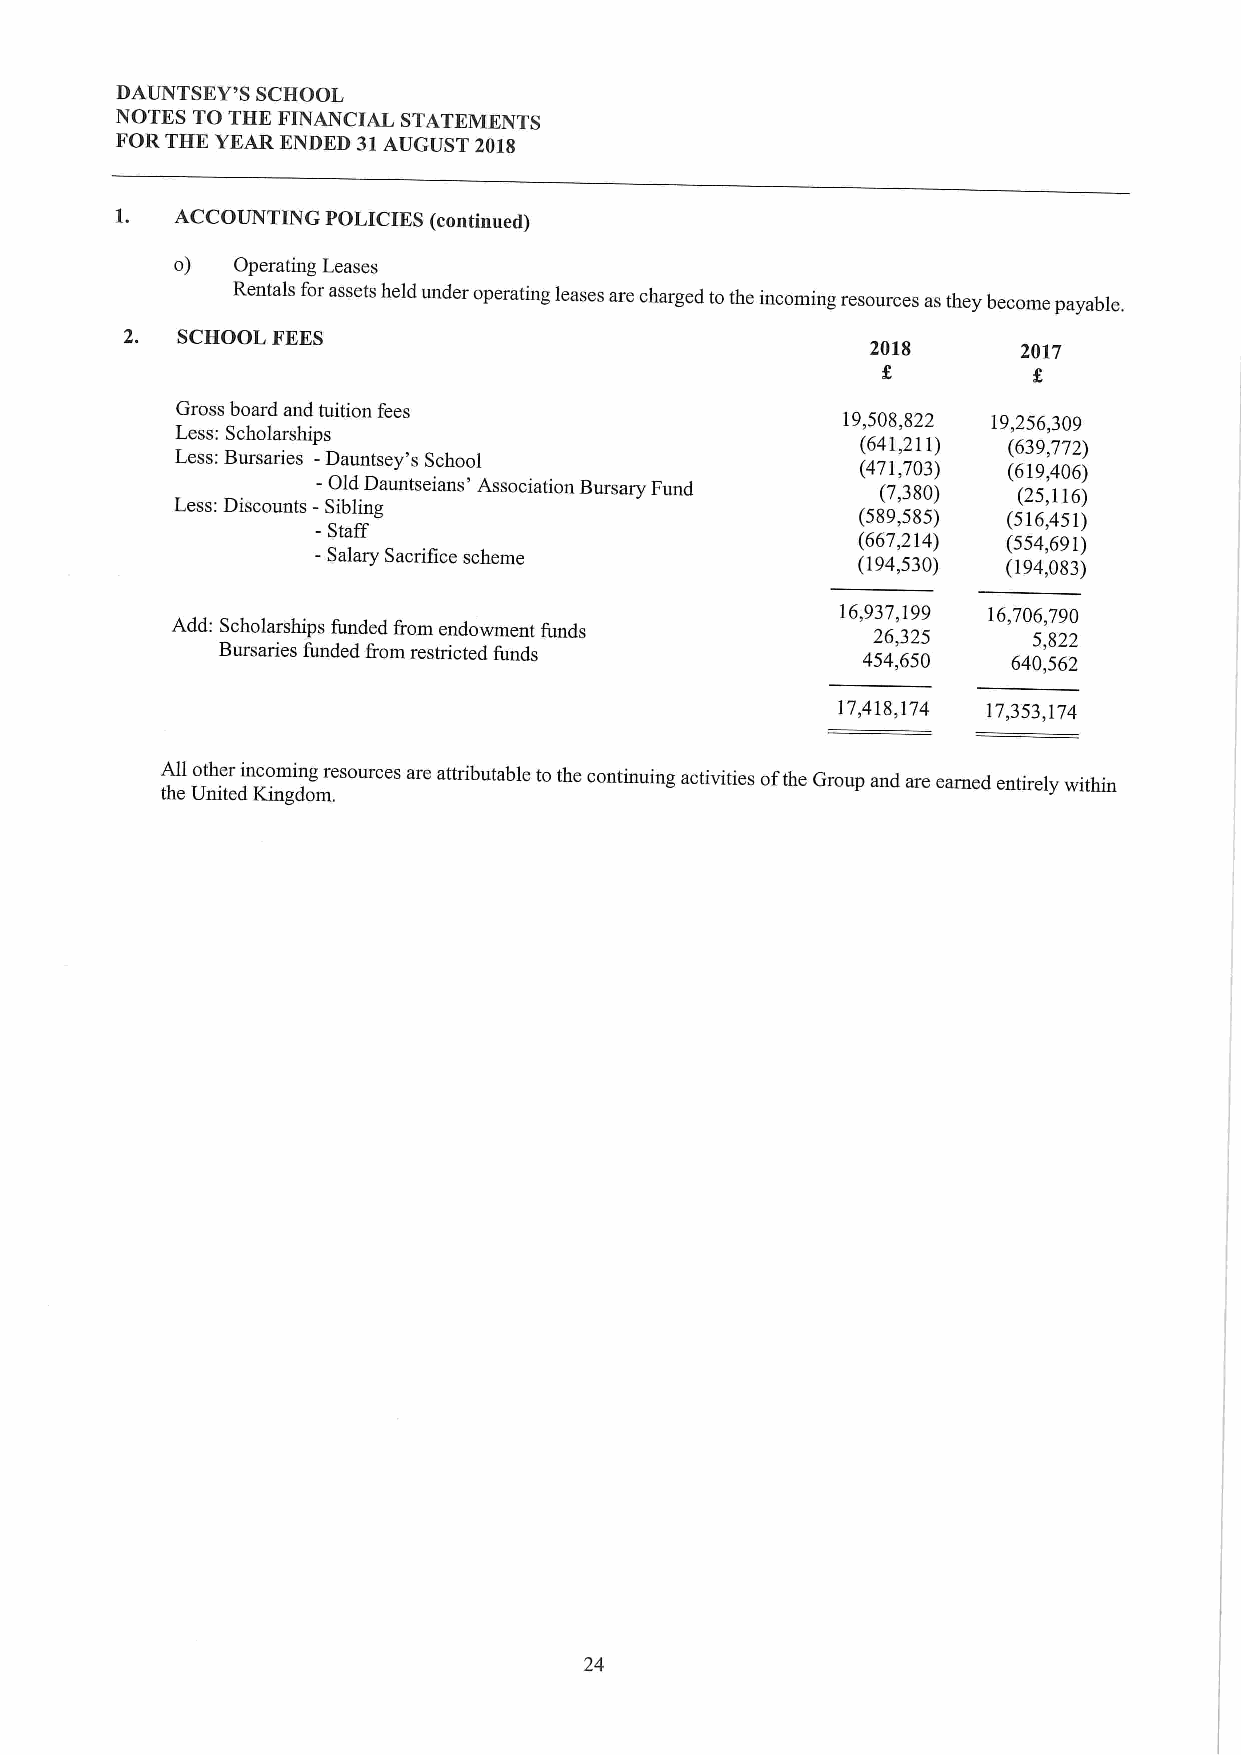
DAUNTSEY'S SCHOOL
 NOTES TO THE FINANCIAL STATEMENTS
 FOR THE YEAR ENDED 31AUGUST 2018
 1.  ACCOUNTING POLICIKS (continued)
 o) Operating Leases
 Rentals forassets held under operating leases are charged tothe incoming resources as they become payable.
 2.  SCHOOL FEES
 2018      2017
 Gross board and tuition fees
 19,508,822 19,256,309
 Less: Scholarships
 (641,211) (639,772)
 Less:Bursaries -Dauntsey's School
 -
 (471,703) (619,406)
 Less:Discounts - SO ibld linD gauntseians' Association Bursary Fund (7,380) (25,116)
 -Staff
 (589,585) (516,451)
 -                                   (667,214) (554,691)
 Salary Sacrifice scheme            (194,530) (194,083)
 16,937,199 16,706,790
 Add: Scholarships funded from endowment funds  26,325    5,822
 Bursaries funded from restricted funds     454,650   640,562
 17,418,174 17,353,174
 All other incoming resources are attributable tothe continuing activities ofthe Group and are earned entirely within
 the United Kingdom.
 24